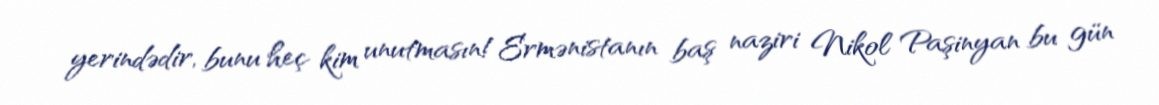
yerindədir, bunu heç kim unutmasın!Ermənistanın baş naziri Nikol Paşinyan bu gün